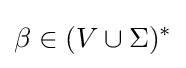
\beta \in (V\cup \Sigma )^{*}